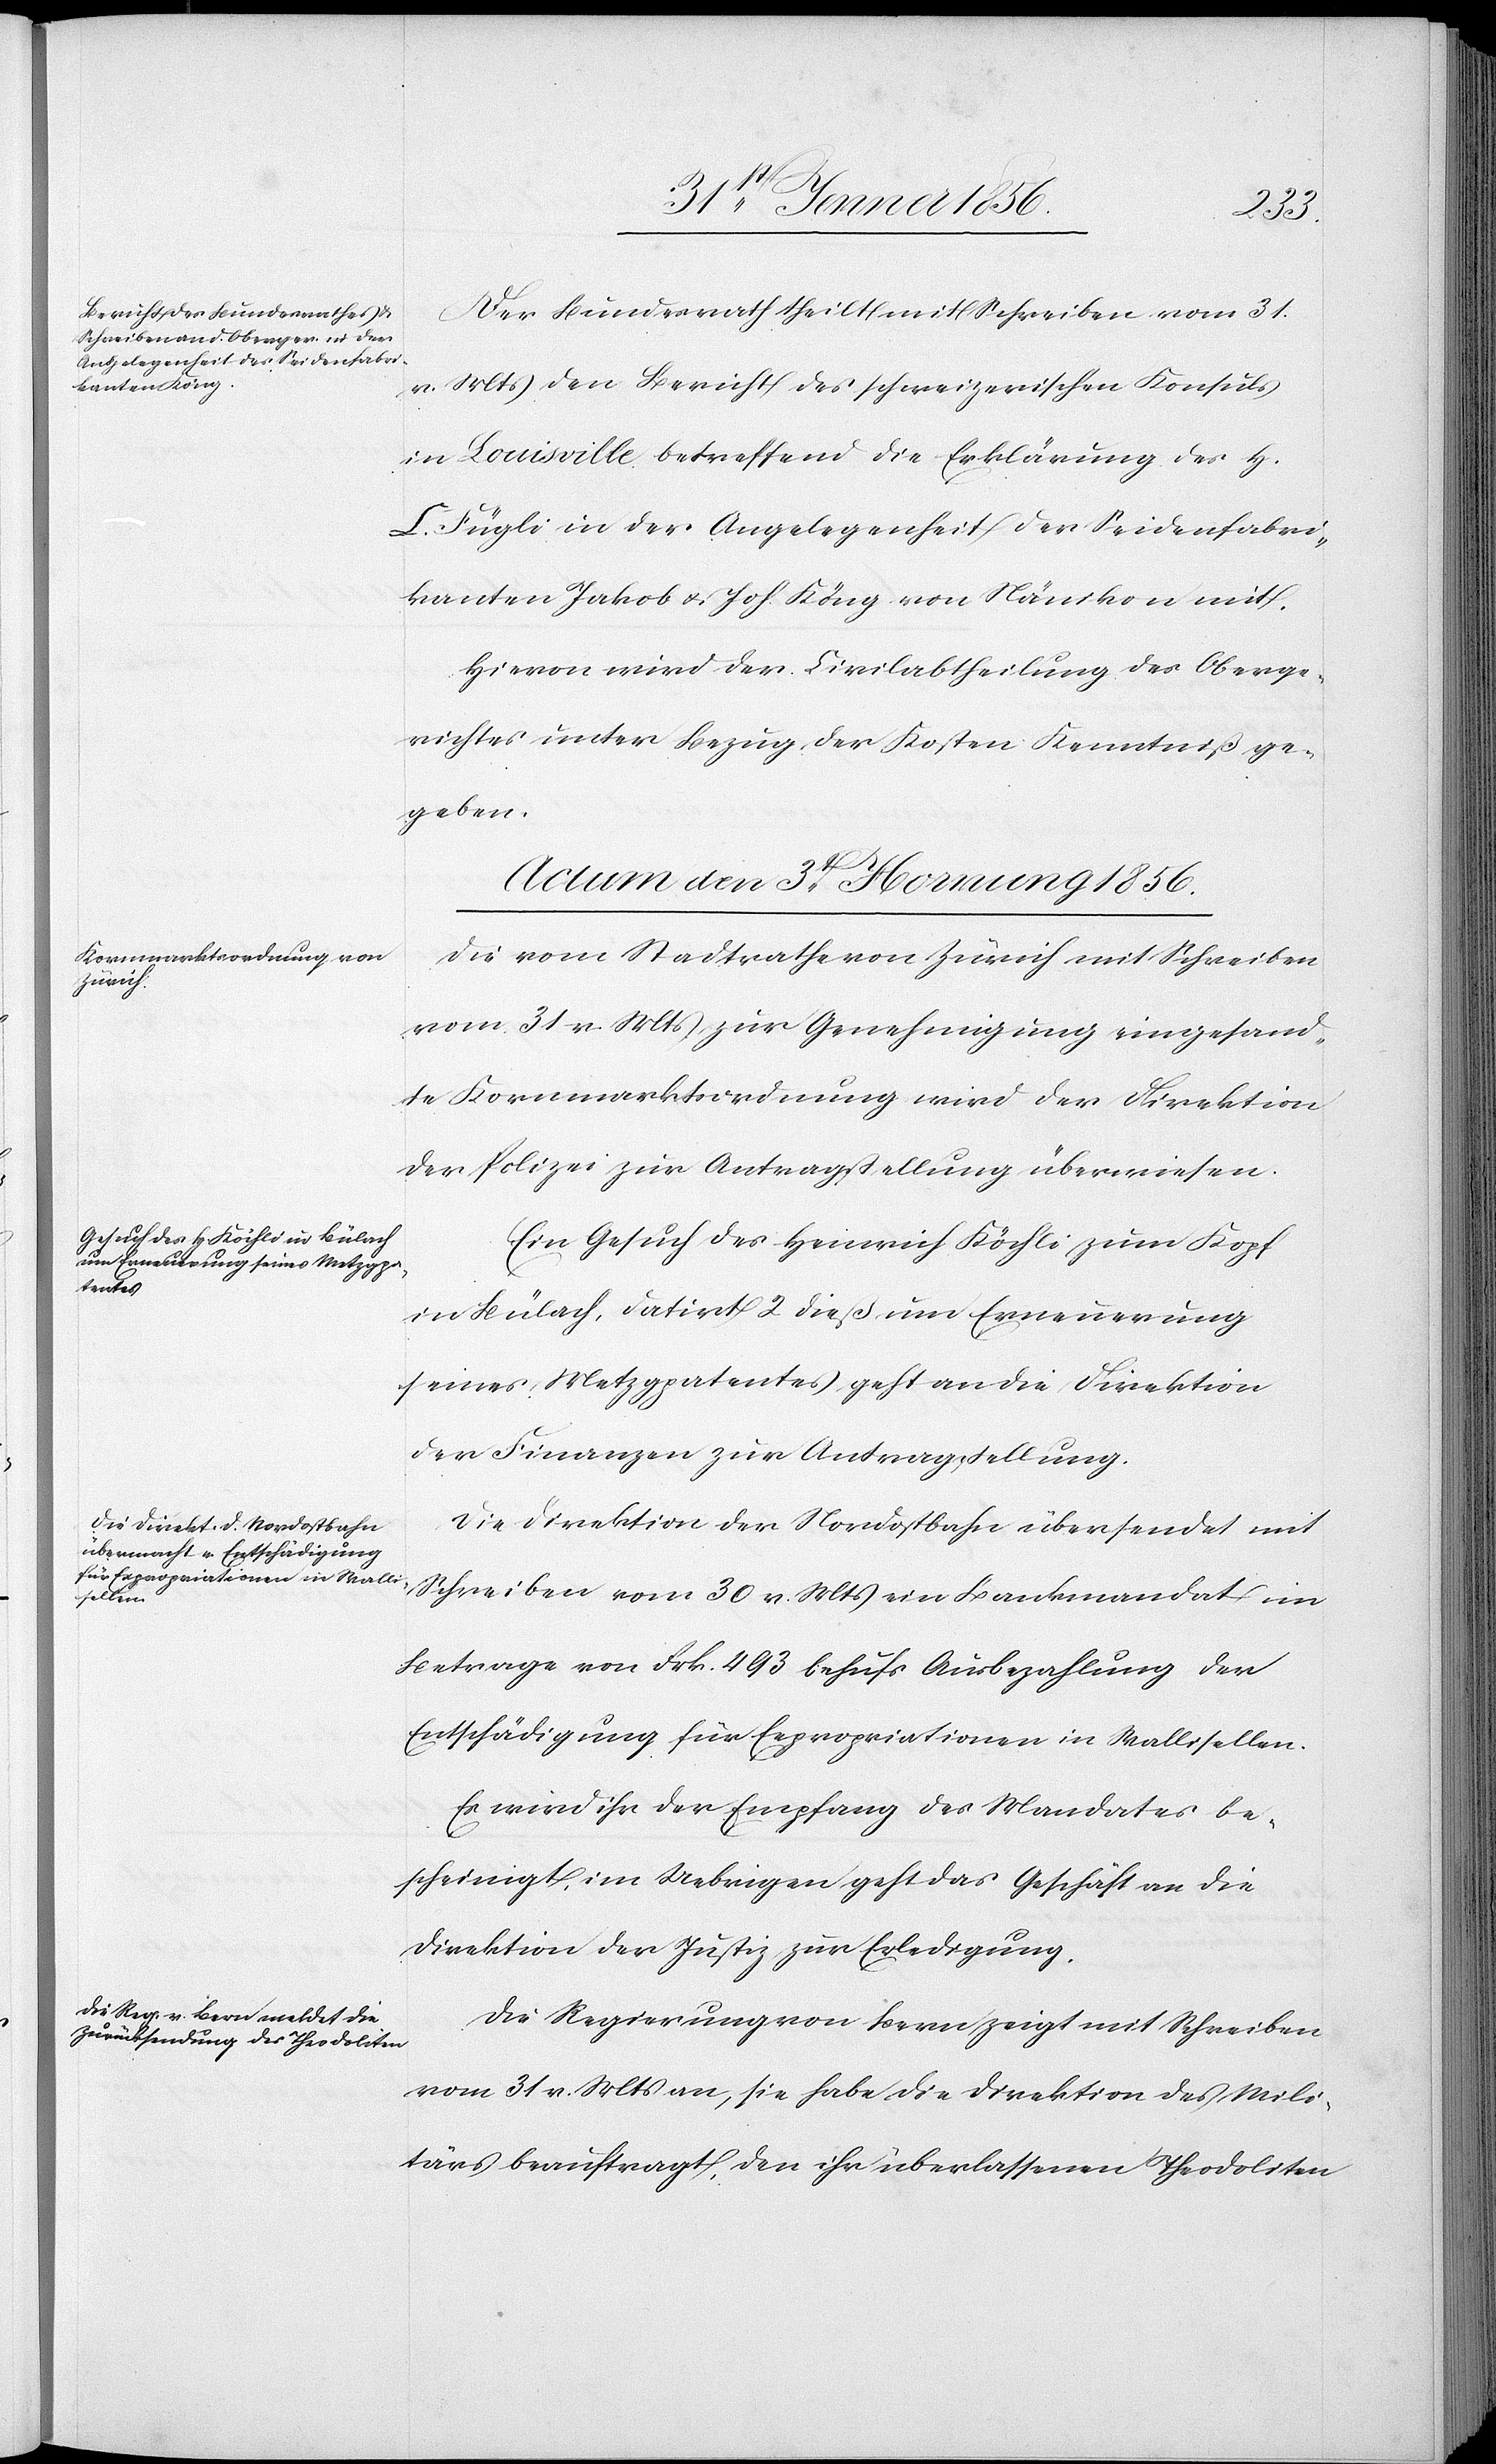
Der Bundesrath theilt mit Schreiben vom 31.
v. Mts den Bericht des schweizerischen Konsuls
in Louisville betreffend die Erklärung des H.
C. Fügli in der Angelegenheit der Seidenfabri¬
kanten Jakob u. Joh. Köng von Nänikon mit.
Hievon wird der Civilabtheilung des Oberge¬
richtes unter Bezug der Kosten Kenntniß ge¬
geben.
Actum den 3t Hornung 1856.]
Die vom Stadtrathe von Zürich mit Schreiben
vom 31 v. Mts zur Genehmigung eingesand¬
te Kornmarktordnung wird der Direktion
der Polizei zur Antragstellung überwiesen.
Ein Gesuch des Heinrich Köchli zum Kopf
in Bülach, datirt 2 dieß um Erneuerung
seines Metzgpatentes geht an die Direktion
der Finanzen zur Antragstellung.
Die Direktion der Nordostbahn übersendet mit
Betrage von Frk. 493 behufs Ausbezahlung der
Entschädigung für Expropriationen in Wallisellen.
Es wird ihr der Empfang des Mandates be¬
scheinigt, im Uebrigen geht das Geschäft an die
Direktion der Justiz zur Erledigung.
Die Regierung von Bern zeigt mit Schreiben
vom 31 v. Mts an, sie habe die Direktion des Mili¬
tärs beauftragt, den ihr überlassenen Theodoliten